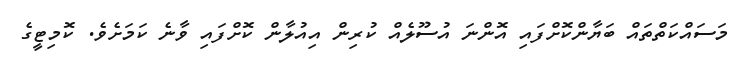
މަސައްކަތްތައް ބަޔާންކޮށްފައި އޮންނަ އުސޫލެއް ކުރިން އިއުލާން ކޮށްފައި ވާނެ ކަމަށެވެ. ކޮމިޓީގެ